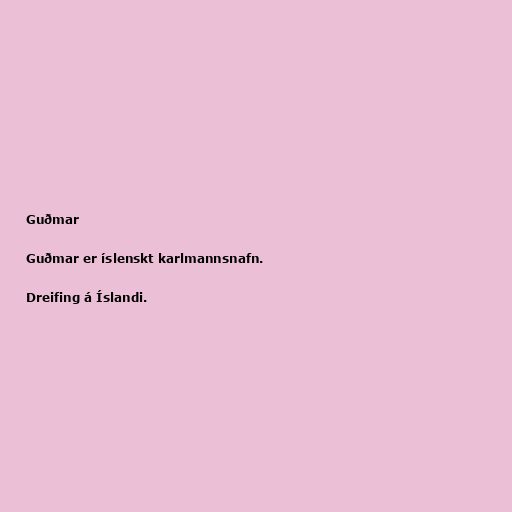
Guðmar

Guðmar er íslenskt karlmannsnafn.

Dreifing á Íslandi.